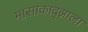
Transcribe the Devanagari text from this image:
मासाकाद्झाला